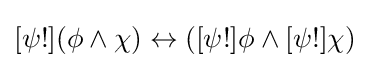
[\psi !](\phi \land \chi )\leftrightarrow ([\psi !]\phi \land [\psi !]\chi )